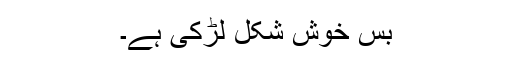
بس خوش شکل لڑکی ہے۔